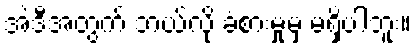
အဲဒီအတွက် ဘယ်လို ခံစားမှုမှ မရှိပါဘူး။